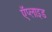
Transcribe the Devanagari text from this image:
ऍप्लाइड